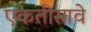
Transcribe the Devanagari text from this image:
एकतीसावे